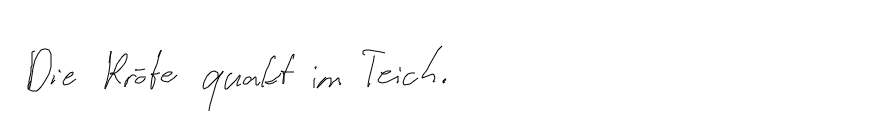
Die Kröte quakt im Teich.